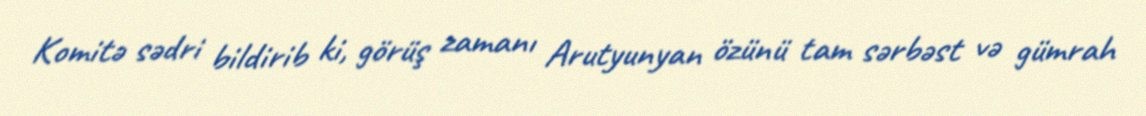
Komitə sədri bildirib ki, görüş zamanı Arutyunyan özünü tam sərbəst və gümrah